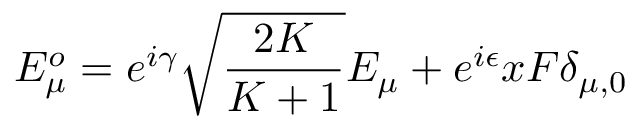
E _ { \mu } ^ { o } = e ^ { i \gamma } \sqrt { \frac { 2 K } { K + 1 } } E _ { \mu } + e ^ { i \epsilon } x F \delta _ { \mu , 0 }